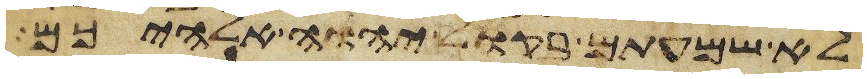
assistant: לא שמעתם בקול יהוה אלהיכם